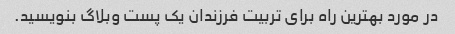
در مورد بهترین راه برای تربیت فرزندان یک پست وبلاگ بنویسید.